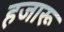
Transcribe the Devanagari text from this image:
हजारू